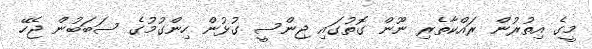
މީގެ އިތުރުން ރައްކާތެރި ނޫން ގޮތުގައި ޖިންސީ ގުޅުން ހިންގުމުގެ ސަބަބުން ޖެހޭ